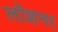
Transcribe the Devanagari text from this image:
लॉशनर